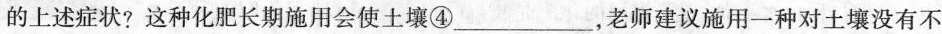
的上述症状? 这种化肥长期施用会使土壤④___，老师建议施用一种对土壤没有不